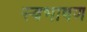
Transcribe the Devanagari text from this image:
स्वभाषण